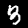
Label: 3